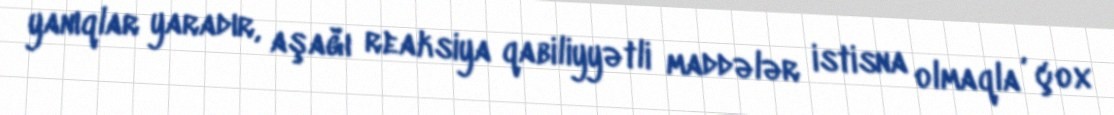
yanıqlar yaradır, aşağı reaksiya qabiliyyətli maddələr istisna olmaqla , çox